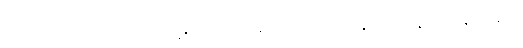
ရှိခြင်းကြောင့်သာ။ {၀၇} တိဋ္ဌန္တိ၊ တည်တန့်နိုင်ကုန်၏။ ယပေန္တိ ယာပေန္တိ၊ မျှတနိုင်ကုန်၏၊